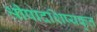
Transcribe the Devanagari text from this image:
श्रीपादशिष्यकृत